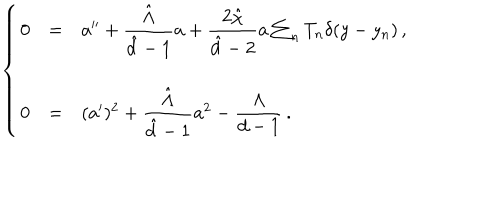
LaTeX: \left\{ \begin{array} { r c l } { { 0 } } & { { = } } & { { a ^ { \prime \prime } + { \displaystyle \frac { \hat { \Lambda } } { \hat { d } - 1 } } a + { \displaystyle \frac { 2 \hat { \chi } } { \hat { d } - 2 } } a \sum _ { n } T _ { n } \delta ( y - y _ { n } ) \, , } } \\ { { } } & { { } } & { { } } \\ { { 0 } } & { { = } } & { { ( a ^ { \prime } ) ^ { 2 } + { \displaystyle \frac { \hat { \Lambda } } { \hat { d } - 1 } } a ^ { 2 } - { \displaystyle \frac { \Lambda } { d - 1 } } \, . } } \\ \end{array} \right.